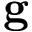
\textbf { g }